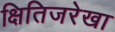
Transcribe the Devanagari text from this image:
क्षितिजरेखा